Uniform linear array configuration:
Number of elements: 24
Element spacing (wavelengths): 0.5
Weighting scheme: hann
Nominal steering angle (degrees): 0
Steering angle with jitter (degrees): -0.9988
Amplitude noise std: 0.05
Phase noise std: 0.05

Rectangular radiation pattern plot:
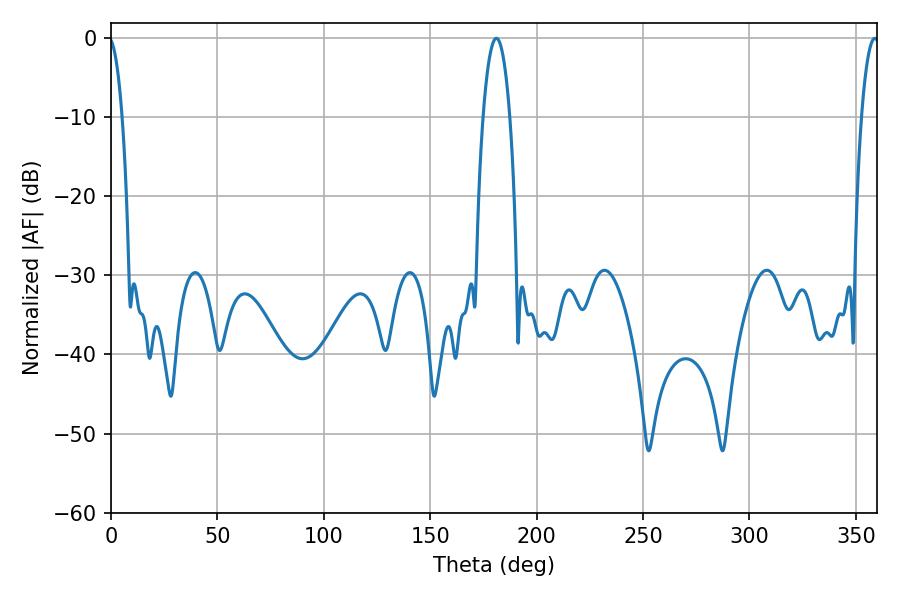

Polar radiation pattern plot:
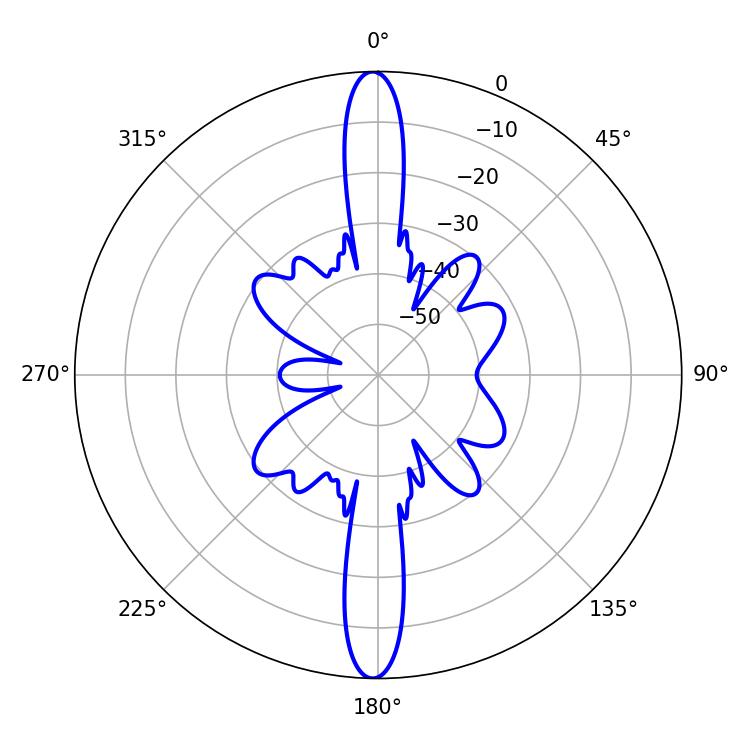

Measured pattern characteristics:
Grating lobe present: FALSE
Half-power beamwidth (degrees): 6.84
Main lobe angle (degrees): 181.08